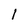
Character: 1